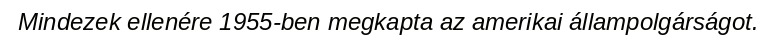
Mindezek ellenére 1955-ben megkapta az amerikai állampolgárságot.